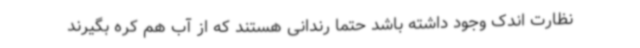
نظارت اندک وجود داشته باشد حتماً رندانی هستند که از آب هم کره بگیرند